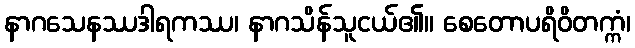
နာဂသေနဿဒါရကဿ၊ နာဂသိန်သူငယ်၏။ စေတောပရိဝိတက္ကံ၊